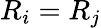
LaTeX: R_{i}=R_{j}